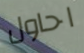
احاول